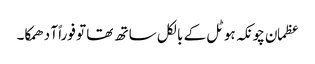
عظمان چونکہ ہوٹل کے بالکل ساتھ تھا تو فوراً آ دھمکا۔